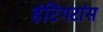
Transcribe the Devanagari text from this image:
हंटिंगटांस